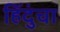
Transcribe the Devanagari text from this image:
हिंदुंचा